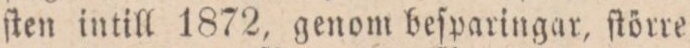
ſten intill 1872, genom beſparingar, ſtörre